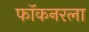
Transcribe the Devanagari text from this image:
फॉकनरला